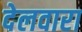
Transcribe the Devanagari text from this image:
देलवारा